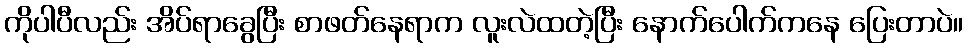
ကိုပါပီလည်း အိပ်ရာခွေပြီး စာဖတ်နေရာက လူးလဲထတဲ့ပြီး နောက်ပေါက်ကနေ ပြေးတာပဲ။